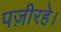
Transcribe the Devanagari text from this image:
पज़ीरहे।